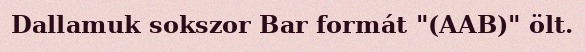
Dallamuk sokszor Bar formát "(AAB)" ölt.